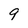
Character: 9